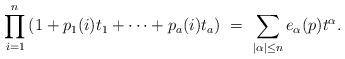
LaTeX: \begin{align*}\prod_{i=1}^{n}\left( 1+ p_{1}(i)t_{1} + \cdots + p_{a}(i)t_{a} \right) \ = \ \sum_{|\alpha|\leq n}e_{\alpha}(p)t^{\alpha}.\end{align*}